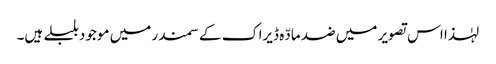
لہٰذا اس تصویر میں ضد مادّہ ڈیراک کے سمندر میں موجود بلبلے ہیں۔